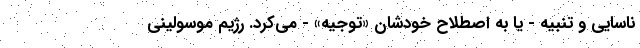
ناسایی و تنبیه‌ - یا به اصطلاح خودشان «توجیه» - می‌کرد. رژیم موسولینی